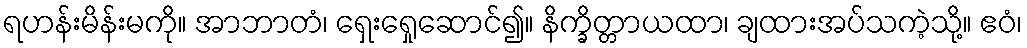
ရဟန်းမိန်းမကို။ အာဘာတံ၊ ရှေးရှေုဆောင်၍။ နိက္ခိတ္တာယထာ၊ ချထားအပ်သကဲ့သို့။ ဧဝံ၊